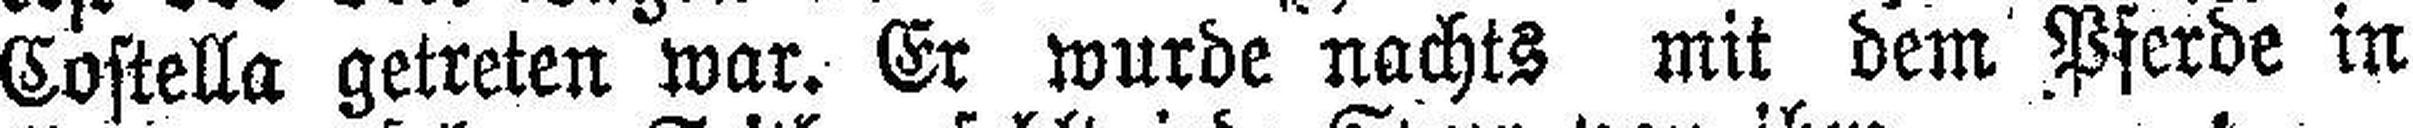
Costella getreten war. Er wurde nachts mit dem Pferde in